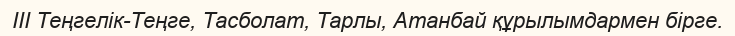
ІІІ Теңгелік-Теңге, Тасболат, Тарлы, Атанбай құрылымдармен бірге.